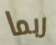
ربما